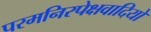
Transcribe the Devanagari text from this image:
परमनिरपेक्षवादियों